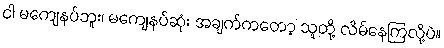
ငါ မကျေနပ်ဘူး၊ မကျေနပ်ဆုံး အချက်ကတော့ သူတို့ လိမ်နေကြလို့ပဲ။